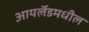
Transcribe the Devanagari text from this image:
आयर्लॅडमधील